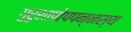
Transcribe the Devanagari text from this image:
गुरुशापोपपन्नस्य